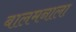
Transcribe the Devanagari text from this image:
बालमनाला